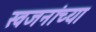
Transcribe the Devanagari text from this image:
स्वजनांच्या